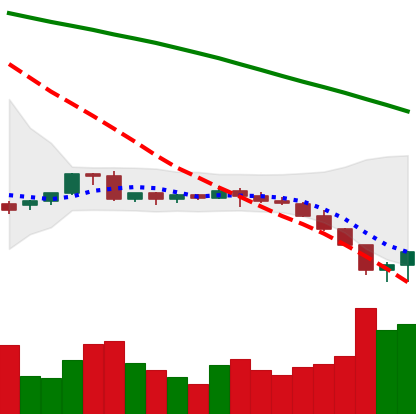
Ticker: EOS-USD
Chart end date: 2022-06-15
Forward return: -4.375%
Label: down_3_5